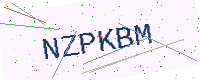
Text: NZPKBM